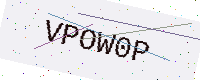
Text: VPOW0P